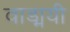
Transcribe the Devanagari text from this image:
वाड्मयी